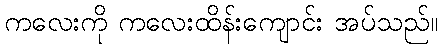
ကလေးကို ကလေးထိန်းကျောင်း အပ်သည်။